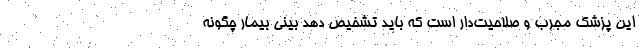
این پزشک مجرب و صلاحیت‌دار است که باید تشخیص دهد بینی بیمار چگونه